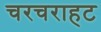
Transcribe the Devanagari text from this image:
चरचराहट